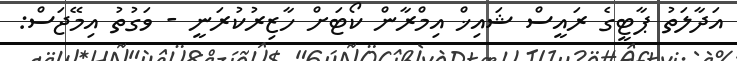
އަދާލަތު ޕާޓީގެ ރައީސް ޝައިޚް އިމްރާން ކޯޓަށް ހާޒިރުކުރަނީ - ވަގުތު އިމޭޖަސް: